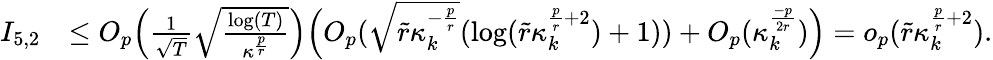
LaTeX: \begin{array}{rl}{I_{5,2}}&{\le O_{p}\Big(\frac{1}{\sqrt{T}}\sqrt{\frac{\log(T)}{\kappa^{\frac{p}{r}}}}\Big)\Big(O_{p}(\sqrt{\widetilde{r}\kappa_{k}^{-\frac{p}{r}}}(\log(\widetilde{r}\kappa_{k}^{\frac{p}{r}+2})+1))+O_{p}(\kappa_{k}^{\frac{-p}{2r}})\Big)=o_{p}(\widetilde{r}\kappa_{k}^{\frac{p}{r}+2}).}\end{array}